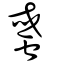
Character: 𧌒